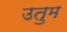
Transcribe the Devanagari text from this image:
उतुम